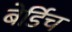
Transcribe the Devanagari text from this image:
बेर्डिच